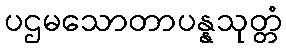
ပဌမသောတာပန္နသုတ္တံ